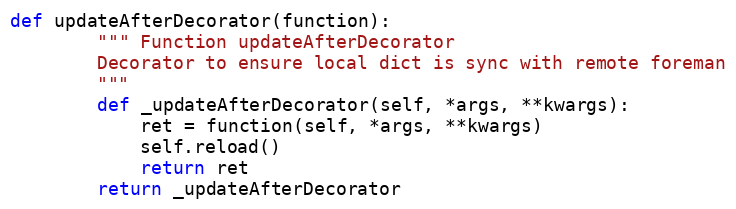
Language: Python
def updateAfterDecorator(function):
        """ Function updateAfterDecorator
        Decorator to ensure local dict is sync with remote foreman
        """
        def _updateAfterDecorator(self, *args, **kwargs):
            ret = function(self, *args, **kwargs)
            self.reload()
            return ret
        return _updateAfterDecorator